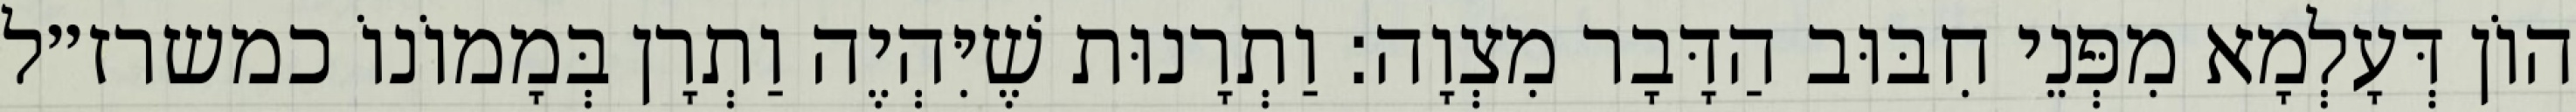
הוֹן דְּעָלְמָא מִפְּנֵי חִבּוּב הַדָּבָר מִצְוָה: וַתְרָנוּת שֶׁיִּהְיֶה וַתְרָן בְּמָמוֹנוֹ כמשרז״ל